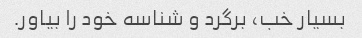
بسیار خب، برگرد و شناسه خود را بیاور.